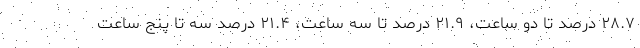
۲۸.۷ درصد تا دو ساعت، ۲۱.۹ درصد تا سه ساعت، ۲۱.۴ درصد سه تا پنج ساعت